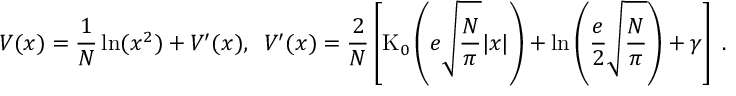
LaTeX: V ( x ) = \frac { 1 } { N } \ln ( x ^ { 2 } ) + V ^ { \prime } ( x ) , \; \; V ^ { \prime } ( x ) = \frac { 2 } { N } \left[ \mathrm { K } _ { 0 } \left( e \sqrt { \frac { N } { \pi } } | x | \right) + \ln \left( \frac { e } { 2 } \sqrt { \frac { N } { \pi } } \right) + \gamma \right] \; .